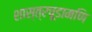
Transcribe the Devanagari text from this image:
शास्त्रचूडामणि